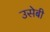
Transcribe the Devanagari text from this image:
उसेबी